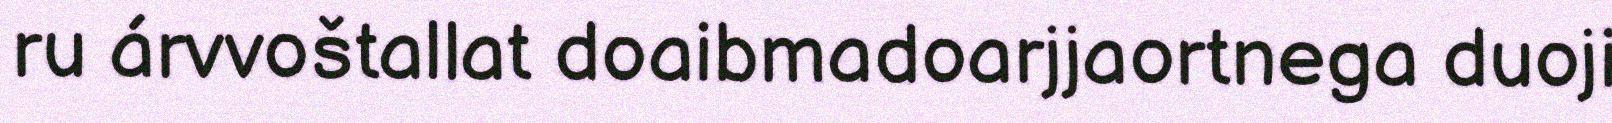
ru árvvoštallat doaibmadoarjjaortnega duoji